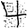
Digit: 4